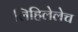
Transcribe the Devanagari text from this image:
लिहिलेलेच